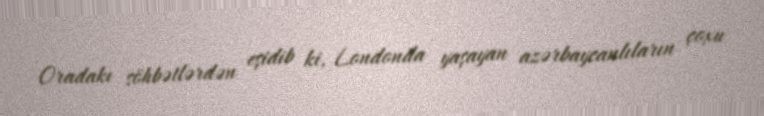
Oradakı söhbətlərdən eşidib ki, Londonda yaşayan azərbaycanlıların çoxu